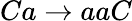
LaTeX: Ca\rightarrow aaC